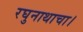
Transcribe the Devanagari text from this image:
रघुनाथाचा।